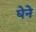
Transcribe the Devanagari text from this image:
घेने